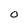
Character: o